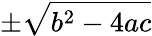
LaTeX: \pm{\sqrt{b^{2}-4ac}}